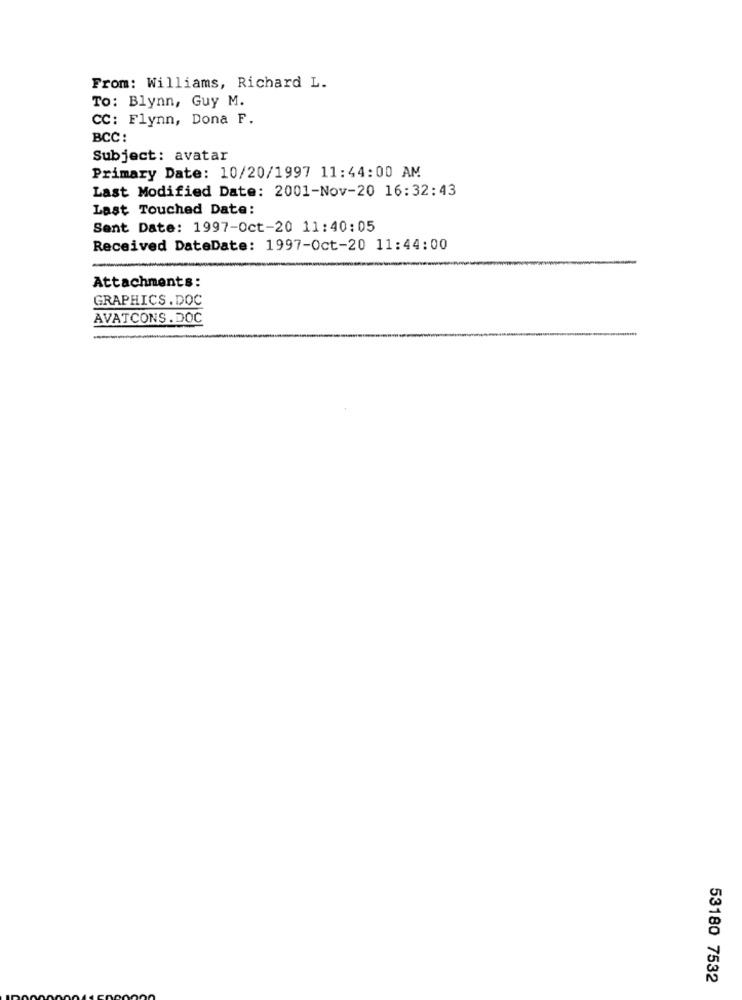
From: Williams, Richard L.
To: Blynn, Guy M.
CC: Flynn, Dona F.
BCC:
Subject: avatar
Primary Date: 10/20/1997 11:44:00 AM
Last Modified Date: 2001-Nov-20 16:32:43
Last Touched Date:
Sent Date: 1997-Oct-20 11:40:05
Received DateDate: 1997-Oct-20 11:44:00
Attachments:
GRAPHICS.DOC
AVATCONS.DOC
-
53180 7532